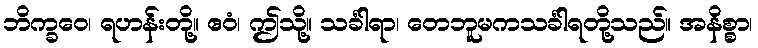
ဘိက္ခဝေ၊ ရဟန်းတို့။ ဧဝံ၊ ဤသို့။ သင်္ခါရာ၊ တေဘူမကသင်္ခါရတို့သည်။ အနိစ္စာ၊